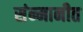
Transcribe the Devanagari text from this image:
संन्मानीत